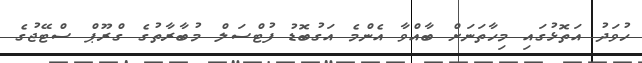
ހުވަދު އަތޮޅުގައި މިހާތަނަށް ބާއްވާ އެންމެ އަގުބޮޑު ފުޓްސަލް މުބާރާތުގެ ގްރޫޕް ސްޓޭޖުގެ